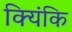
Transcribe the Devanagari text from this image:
क्यिंकि